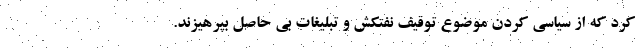
کرد که از سیاسی کردن موضوع توقیف نفتکش و تبلیغات بی حاصل بپرهیزند.